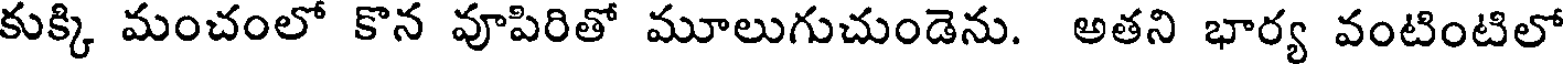
కుక్కి మంచంలో కొన వూపిరితో మూలుగుచుండెను. అతని భార్య వంటింటిలో